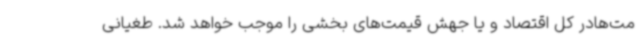
مت‌هادر کل اقتصاد و یا جهش قیمت‌های بخشی را موجب خواهد شد. طغیانی